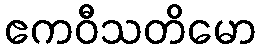
ဧကဝီသတိမော